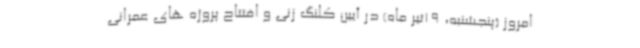
امروز (پنجشنبه، 19تیر ماه) در آیین کلنگ زنی و افتتاح پروژه های عمرانی